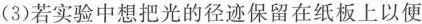
(3)若实验中想把光的径迹保留在纸板上以便